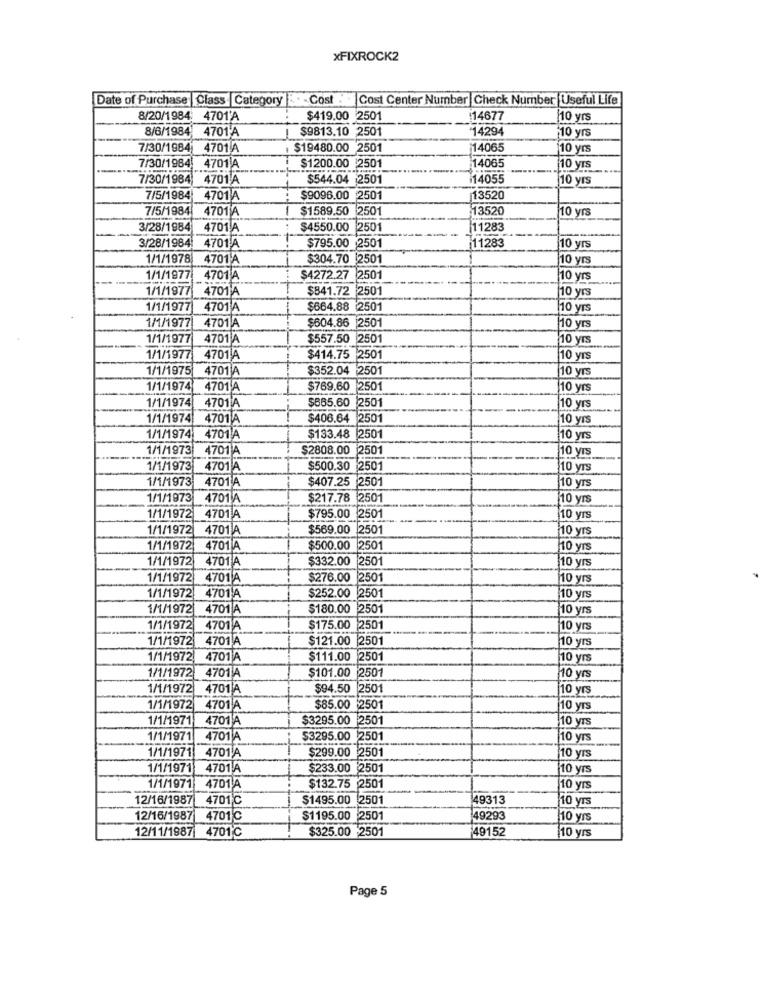
xFIXROCK2
Date of Purchase |Class |Category
-Cost
Cost Center Number Check Number Useful Life
8/20/1984: 4701'A
$419.00 2501
14677
[10 yrs
8/6/1984 4701A
$9813.10 2501
14294
10 yrs
7/30/1984 4701 A
$19480.00 2501
14065
10 yrs
7/30/1984 4701 A
$1200.00 2501
14065
10 yrs
7/30/1984 4701 A
$544.04 2501
14055
10 yrs
7/5/1984
4701 A
$9096.00 2501
13520
7/5/1984
4701 A
$1589.50 2501
13520
10 yrs
3/28/1984
4701 A
$4550.00 2501
11283
3/28/1984
4701 A
$795.00 2501
11283
10 yrs
1/1/1978
4701 A
$304.70 2501
10 yrs
1/1/1977 4701 A
$4272.27 2501
10 yrs
1/1/1977 4701 A
$841.72 2501
110 yrs
1/1/1977 4701 A
$664.88 2501
110 yrs
$604.86 2501
1/1/1977 4701 A
10 yrs
1/1/1977
4701 A
$557.50 2501
10 yrs
1/1/1977
4701 A
$414.75 2501
|10 yrs
1/1/1975
4701 A
$352.04 2501
10 yrs
1/1/1974
4701 A
$769.60 2501
10 yrs
1/1/1974
4701 A
$685.60 2501
10 yrs
1/1/1974
4701 A
$406.64 2501
10 yrs
1/1/1974 4701 A
$133.48 2501
110 yrs
1/1/1973 4701 A
$2808.00 2501
10 yrs
1/1/1973
4701 A
$500.30 2501
10 yrs
1/1/1973
4701 A
$407.25 2501
10 yrs
1/1/1973 4701 A
$217.78 2501
10 yrs
1/1/1972 4701 A
$795.00 2501
10 yrs
1/1/1972
4701 A
$569.00 2501
10 yrs
1/1/1972
4701 A
$500.00 2501
10 yrs
1/1/1972
4701 A
$332.00 2501
110 yrs
1/1/1972
4701 A
$276.00 2501
10 yrs
1/1/1972 4701 A
$252.00 2501
10 yrs
1/1/1972
4701 A
$180.00 2501
10 yrs
1/1/1972
4701A
$175.00 2501
10 yrs
1/1/1972 4701 A
$121.00
2501
10 yrs
1/1/1972
4701 A
$111.00 2501
10 yrs
1/1/1972
4701 A
$101.00 2501
10 yrs
1/1/1972 4701 A
$94.50 2501
10 yrs
1/1/1972
4701 A
$85.00
2501
10 yrs
1/1/1971
4701 A
$3295.00
2501
10 yrs
1/1/1971
4701 A
$3295.00
12501
10 yrs
1/1/1971
4701 A
$299.00 250
10 yrs
1/1/1971
4701 A
$233.00 2501
10 yrs
1/1/1971
4701 A
$132.75 2501
10 yrs
12/16/1987
4701C
$1495.00 2501
49313
10 yrs
12/16/1987
4701 ℃
$1195.00 2501
49293
110 yrs
12/11/1987 4701℃
$325.00 2501
49152
10 yrs
Page 5